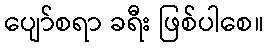
ပျော်စရာ ခရီး ဖြစ်ပါစေ။